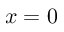
x = 0